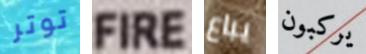
توتر FIRE يباع يركبون